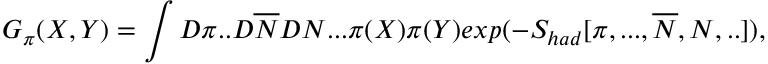
{ \cal G } _ { \pi } ( X , Y ) = \int { \cal D } \pi . . { \cal D } \overline { { { N } } } { \cal D } N . . . \pi ( X ) \pi ( Y ) e x p ( - S _ { h a d } [ \pi , . . . , \overline { { { N } } } , N , . . ] ) ,